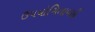
ઉપયોગિતાવાદી